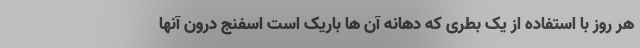
هر روز با استفاده از یک بطری که دهانه آن ها باریک است اسفنج درون آنها